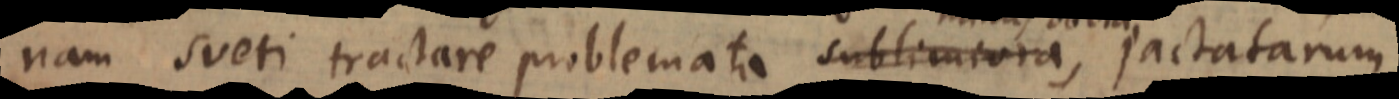
nam sueti tractare problemata sublimiora, jactatarum